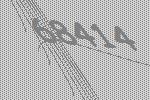
68414